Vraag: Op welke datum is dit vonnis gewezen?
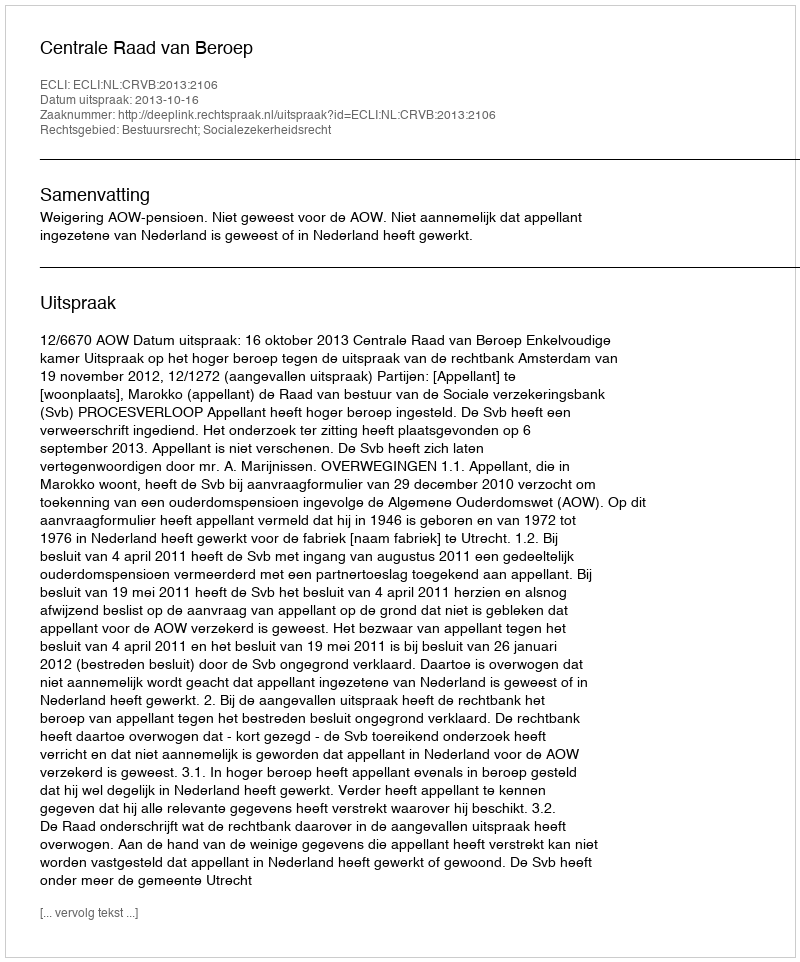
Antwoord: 2013-10-16